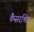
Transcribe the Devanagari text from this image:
कैसरश्निट